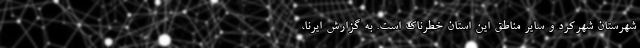
شهرستان شهرکرد و سایر مناطق این استان خطرناک است. به گزارش ایرنا،